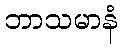
ဘာသမာနံ